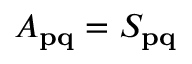
A _ { \mathbf { p q } } = S _ { \mathbf { p q } }